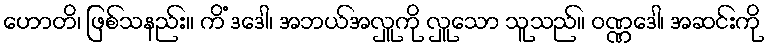
ဟောတိ၊ ဖြစ်သနည်း။ ကိံ ဒဒေါ၊ အဘယ်အလှူကို လှူသော သူသည်။ ဝဏ္ဏဒေါ၊ အဆင်းကို